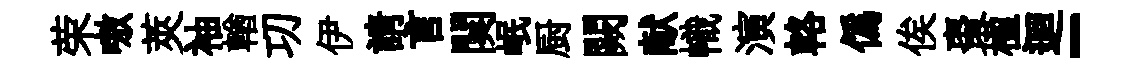
荣嗷莢袖輶㓛伊請言闋岷厨闕献幟演輅偽俟棗楹迴-